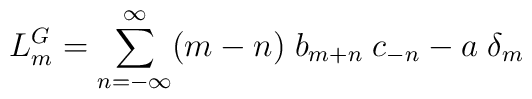
L_m^G=\sum_{n=-\infty}^{\infty}(m-n)\;b_{m+n}\; c_{-n}- a\; \delta_{m}